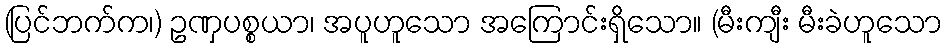
(ပြင်ဘက်က၊) ဥဏှပစ္စယာ၊ အပူဟူသော အကြောင်းရှိသော။ (မီးကျီး မီးခဲဟူသော